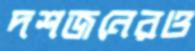
দশজনেরও